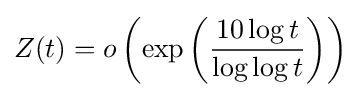
Z(t)=o\left(\exp \left({\frac {10\log t}{\log \log t}}\right)\right)